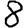
Digit: 8